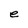
Character: e